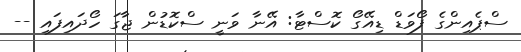
ސްޕެއިންގެ ފޯވަޑް ޑިއޭގޯ ކޮސްޓާ: އޭނާ ވަނީ ސްކޮޑުން ޖާގަ ހޯދައިފައި --